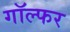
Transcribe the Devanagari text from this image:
गॉल्फर